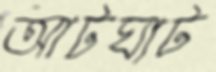
আটঘাট